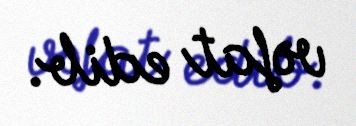
vəfat edib.